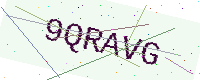
Text: 9QRAVG